Tezpur Lunatic Asylum reports 1877-1894 - 1877-1894
Year: 1877
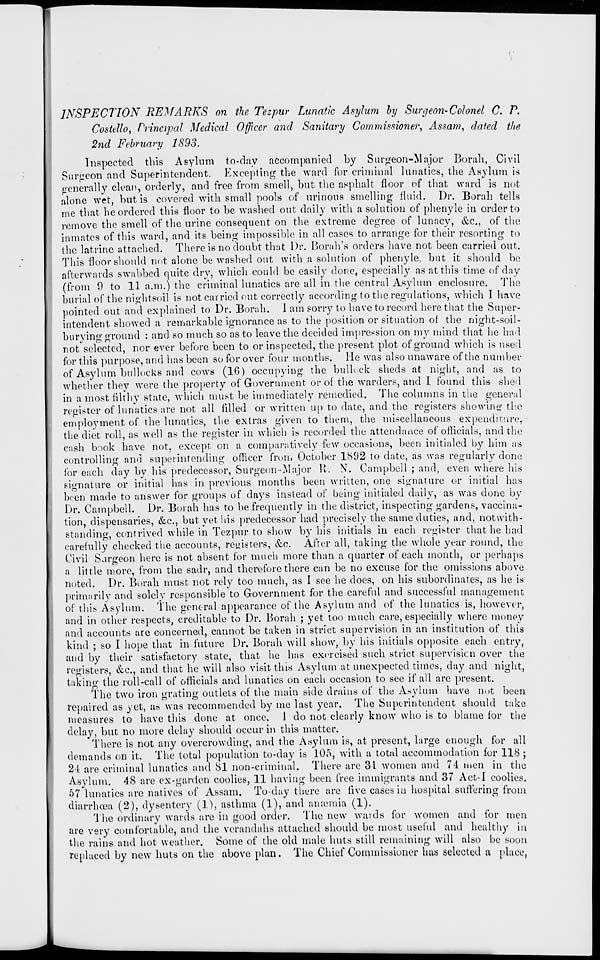
INSPECTION REMARKS on the Tezpur Lunatic Asylum by Surgeon-Colonel C. P.
Costello, Principal Medical Officer and Sanitary Commissioner, Assam, dated the
2nd February 1893.
Inspected this Asylum to-day accompanied by Surgeon-Major Borah, Civil
Surgeon and Superintendent. Excepting the ward for criminal lunatics, the Asylum is
generally clean, orderly, and free from smell, but the asphalt floor of that ward is not
alone wet, but is covered with small pools of urinous smelling fluid. Dr. Borah tells
me that he ordered this floor to be washed out daily with a solution of phenyle in order to
remove the smell of the urine consequent on the extreme degree of lunacy, &c, of the
inmates of this ward, and its being impossible in all cases to arrange for their resorting to
the latrine attached. There is no doubt that Dr. Borah's orders have not been carried out.
This floor should not alone be washed out with a solution of phenyle, but it should be
afterwards swabbed quite dry, which could be easily done, especially as at this time of day
(from 9 to 11 a.m.) the criminal lunatics are all in the central Asylum enclosure. The
burial of the nightsoil is not carried out correctly according to the regulations, which I have
pointed out and explained to Dr. Borah. 1 am sorry to have to record here that the Super-
intendent showed a remarkable ignorance as to the position or situation of the night-soil-
burying ground : and so much so as to leave the decided impression on my mind that he had
not selected, nor ever before been to or inspected, the present plot of ground which is used
for this purpose, and has been so for over four months. He was also unaware of the number
of Asylum bullocks and cows (16) occupying the bullock sheds at night, and as to
whether they were the property of Government or of the warders, and I found this shed
in a most filthy state, which must be immediately remedied. The columns in the general
register of lunatics are not all filled or written up to date, and the registers showing the
employment of the lunatics, the extras given to them, the miscellaneous expenditure,
the diet roll, as well as the register in which is recorded the attendance of officials, and the
cash book have not, except on a comparatively few occasions, been initialed by him as
controlling and superintending officer from October 1S92 to date, as was regularly done
for each day by his predecessor, Surgeon-Major K. N. Campbell ; and, even where his
signature or initial has in previous months been written, one signature or initial has
been made to answer for groups of days instead of being initialed daily, as was done by
Dr. Campbell. Dr. Borah has to be frequently in the district, inspecting gardens, vaccina-
tion, dispensaries, &c, but yet his predecessor had precisely the same duties, and, notwith-
standing, contrived while in Tezpur to show by his initials in each register that he had
carefully checked the accounts, reuisters, &c. After all, taking the whole year round, the
Civil Sargeon here is not absent for much more than a quarter of each month, or perhaps
a little more, from the sadr, and therefore there can be no excuse for the omissions above
noted. Dr. Borah must not rely too much, as I see he does, on his subordinates, as he is
primarily and solely responsible to Government for the careful and successful management
of this Asylum. The general appearance of the Asylum and of the lunatics is, however,
and in other respects, creditable to Dr. Borah ; yet too much care, especially where money
and accounts ate concerned, cannot be taken in strict supervision in an institution of this
kind ; so I hope that in future Dr. Borah will show, by his initials opposite each entry,
and by their satisfactory state, that he has exercised such strict supervisicn over the
registers, &c, and that he will also visit this Asylum at unexpected times, day and night,
taking the roll-call of officials and lunatics on each occasion to see if all are present.
The two iron grating outlets of the main side drains of the Asylum have not been
repaired as yet, as was recommended by me last year. The Superintendent should take
measures to have this done at once. 1 do not clearly know who is to blame for the
delay, but no more delay should occur in this matter.
There is not any overcrowding, and the Asylum is, at present, large enough for all
demands on it. The total population to-day is 105, with a total accommodation for 118 ;
24 are criminal lunatics and 81 non-criminal. There are 31 women and 74 men in the
Asylum. 48 are ex-garden coolies, 11 having been free immigrants and 37 Act-1 coolies.
57 lunatics arc natives of Assam. To-day there are live cases in hospital suffering from
diarrhoea (2), dysentery (1), asthma (1), and amemia (1).
The ordinary wards are in good order. The new wards for women and for men
are very comfortable, and the verandahs attached should be most useful and healthy in
the rains and hot weather. Some of the old male huts still remaining will also be soon
replaced by new huts on the above plan. The Chief Commissioner has selected a place,